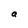
Character: a